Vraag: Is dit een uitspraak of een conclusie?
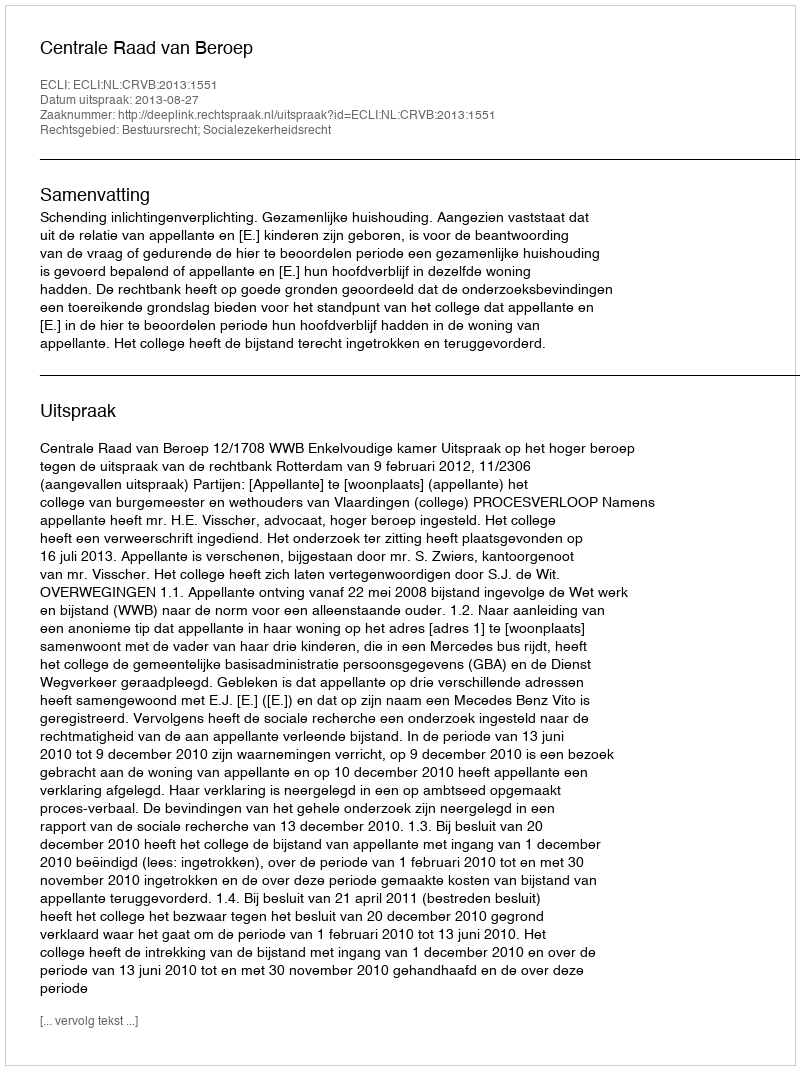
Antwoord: Uitspraak